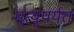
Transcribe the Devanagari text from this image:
मृत्यूपर्यत